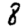
Digit: 8